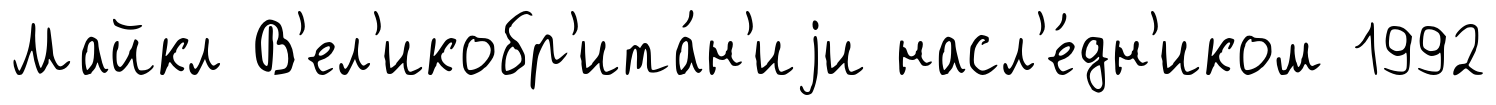
Майкл В'ел'икобр'ита́н'иjи насл'е́дн'иком 1992